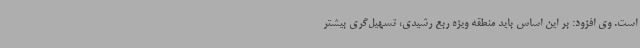
است. وی افزود: بر این اساس باید منطقه ویژه ربع رشیدی، تسهیل‌گری بیشتر